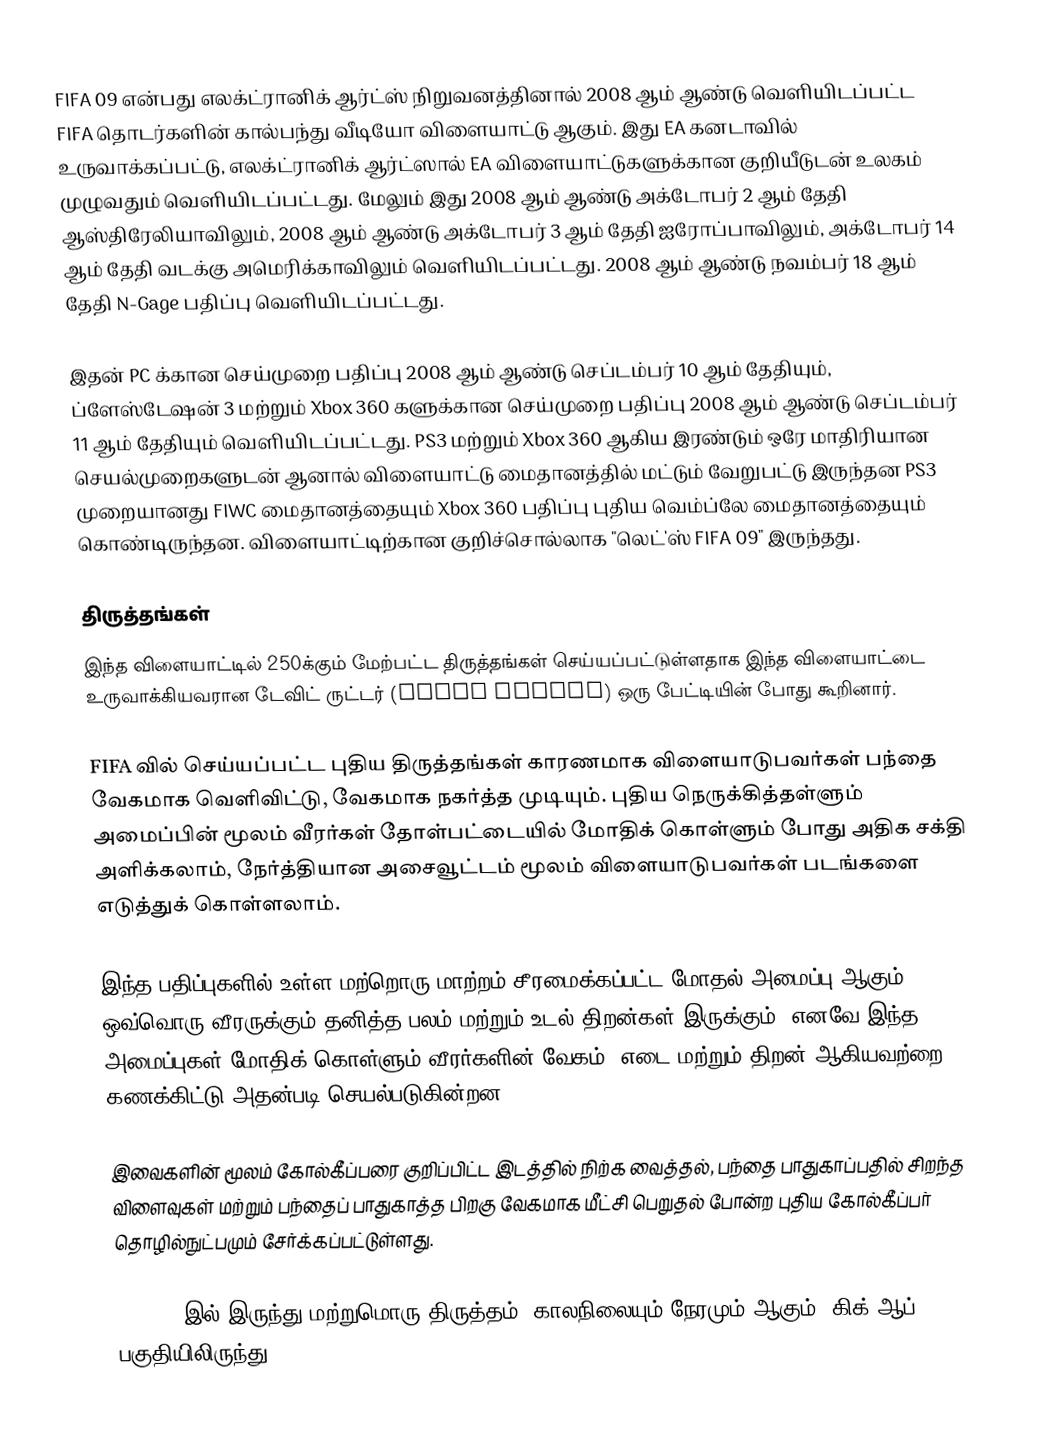
FIFA 09 என்பது எலக்ட்ரானிக் ஆர்ட்ஸ் நிறுவனத்தினால் 2008 ஆம் ஆண்டு வெளியிடப்பட்ட FIFA தொடர்களின் கால்பந்து வீடியோ விளையாட்டு ஆகும். இது EA கனடாவில் உருவாக்கப்பட்டு, எலக்ட்ரானிக் ஆர்ட்ஸால் EA விளையாட்டுகளுக்கான குறியீடுடன் உலகம் முழுவதும் வெளியிடப்பட்டது. மேலும் இது 2008 ஆம் ஆண்டு அக்டோபர் 2 ஆம் தேதி ஆஸ்திரேலியாவிலும், 2008 ஆம் ஆண்டு அக்டோபர் 3 ஆம் தேதி ஐரோப்பாவிலும், அக்டோபர் 14 ஆம் தேதி வடக்கு அமெரிக்காவிலும் வெளியிடப்பட்டது. 2008 ஆம் ஆண்டு நவம்பர் 18 ஆம் தேதி N-Gage பதிப்பு வெளியிடப்பட்டது.

இதன் PC க்கான செய்முறை பதிப்பு 2008 ஆம் ஆண்டு செப்டம்பர் 10 ஆம் தேதியும், ப்ளேஸ்டேஷன் 3 மற்றும் Xbox 360 களுக்கான செய்முறை பதிப்பு 2008 ஆம் ஆண்டு செப்டம்பர் 11 ஆம் தேதியும் வெளியிடப்பட்டது. PS3 மற்றும் Xbox 360 ஆகிய இரண்டும் ஒரே மாதிரியான செயல்முறைகளுடன் ஆனால் விளையாட்டு மைதானத்தில் மட்டும் வேறுபட்டு இருந்தன PS3 முறையானது FIWC மைதானத்தையும் Xbox 360 பதிப்பு புதிய வெம்ப்லே மைதானத்தையும் கொண்டிருந்தன. விளையாட்டிற்கான குறிச்சொல்லாக "லெட்'ஸ் FIFA 09" இருந்தது.

திருத்தங்கள்
இந்த விளையாட்டில் 250க்கும் மேற்பட்ட திருத்தங்கள் செய்யப்பட்டுள்ளதாக இந்த விளையாட்டை உருவாக்கியவரான டேவிட் ருட்டர் (David Rutter) ஒரு பேட்டியின் போது கூறினார்.

FIFA வில் செய்யப்பட்ட புதிய திருத்தங்கள் காரணமாக விளையாடுபவர்கள் பந்தை வேகமாக வெளிவிட்டு, வேகமாக நகர்த்த முடியும். புதிய நெருக்கித்தள்ளும் அமைப்பின் மூலம் வீரர்கள் தோள்பட்டையில் மோதிக் கொள்ளும் போது அதிக சக்தி அளிக்கலாம், நேர்த்தியான அசைவூட்டம் மூலம் விளையாடுபவர்கள் படங்களை எடுத்துக் கொள்ளலாம்.

இந்த பதிப்புகளில் உள்ள மற்றொரு மாற்றம் சீரமைக்கப்பட்ட மோதல் அமைப்பு ஆகும். ஒவ்வொரு வீரருக்கும் தனித்த பலம் மற்றும் உடல் திறன்கள் இருக்கும். எனவே இந்த அமைப்புகள் மோதிக் கொள்ளும் வீரர்களின் வேகம், எடை மற்றும் திறன் ஆகியவற்றை கணக்கிட்டு அதன்படி செயல்படுகின்றன.

இவைகளின் மூலம் கோல்கீப்பரை குறிப்பிட்ட இடத்தில் நிற்க வைத்தல், பந்தை பாதுகாப்பதில் சிறந்த விளைவுகள் மற்றும் பந்தைப் பாதுகாத்த பிறகு வேகமாக மீட்சி பெறுதல் போன்ற புதிய கோல்கீப்பர் தொழில்நுட்பமும் சேர்க்கப்பட்டுள்ளது.

FIFA 08 இல் இருந்து மற்றுமொரு திருத்தம், காலநிலையும் நேரமும் ஆகும். கிக்-ஆப் பகுதியிலிருந்து